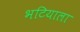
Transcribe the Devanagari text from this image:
भटियाला